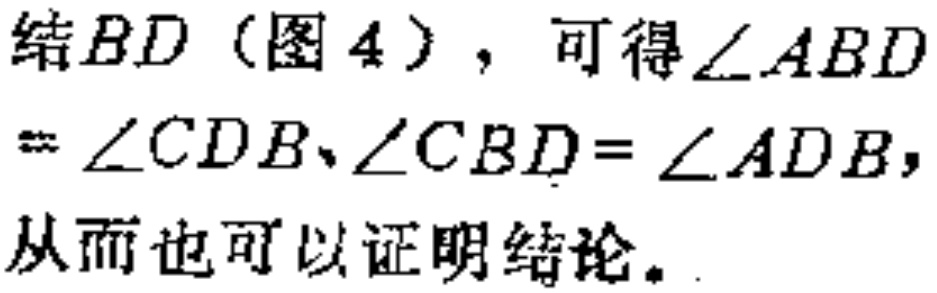
结\(BD\)（图4），可得\(\angle ABD = \angle CDB、\angle CBD=\angle ADB\)，从而也可以证明结论。